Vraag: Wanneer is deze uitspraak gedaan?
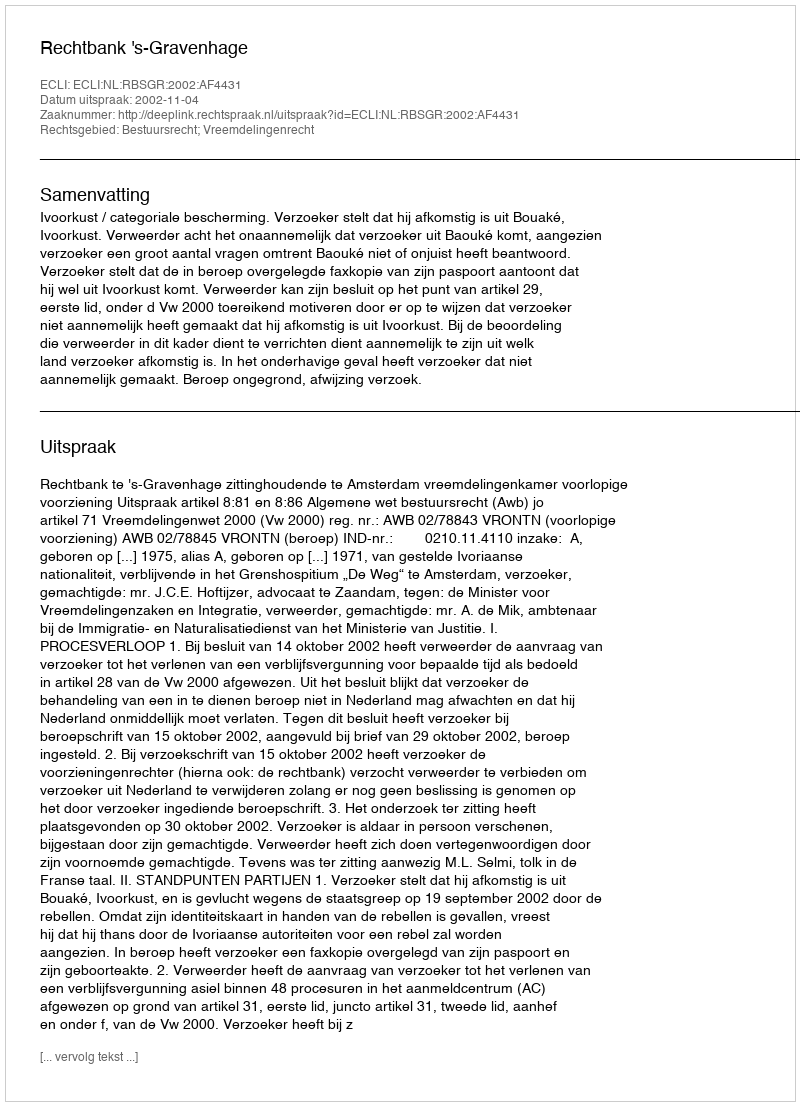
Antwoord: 2002-11-04